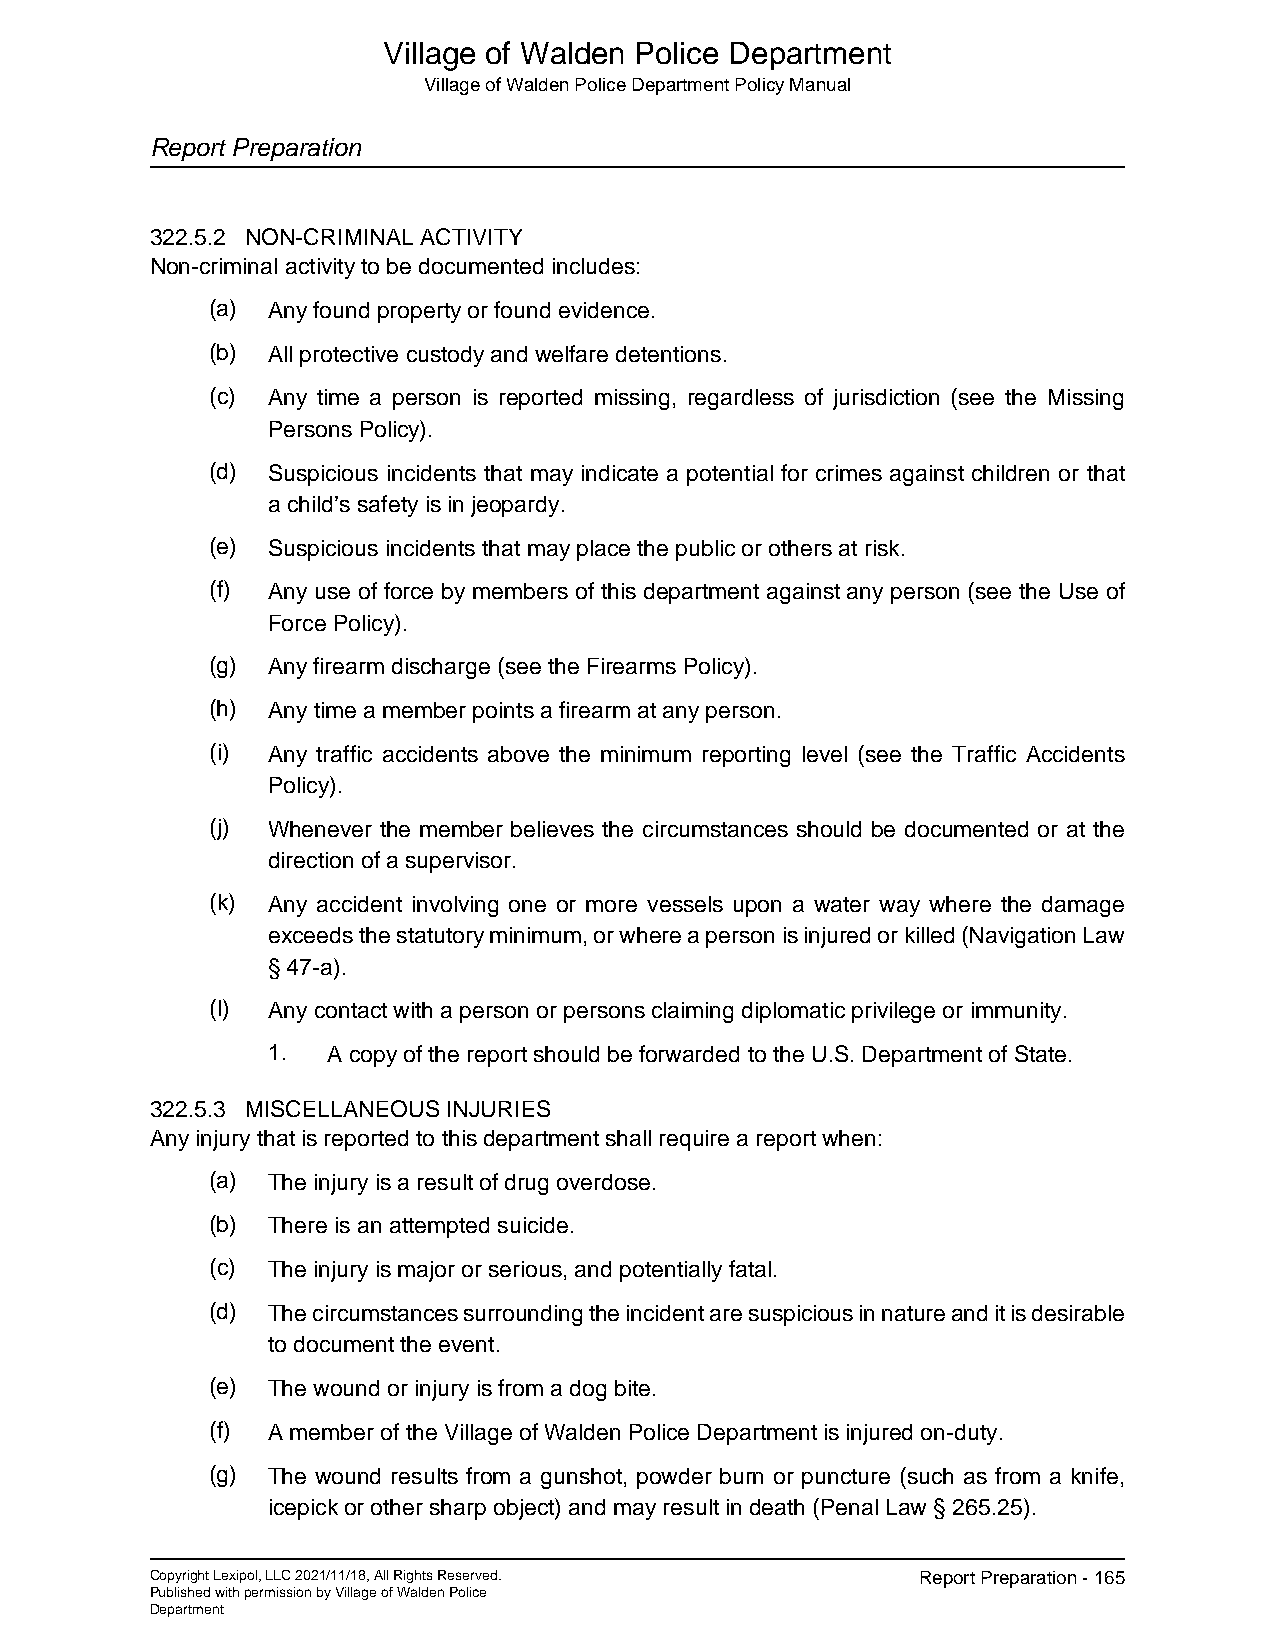
Village of Walden Police Department
 Village of Walden Police Department Policy Manual
 Report Preparation
 322.5.2 NON-CRIMINAL ACTIVITY
 Non-criminal activity to be documented includes:
 (a) Any found property or found evidence.
 (b) All protective custody and welfare detentions.
 (c) Any time a person is reported missing, regardless of jurisdiction (see the Missing
 Persons Policy).
 (d) Suspicious incidents that may indicate a potential for crimes against children or that
 a child’s safety is in jeopardy.
 (e) Suspicious incidents that may place the public or others at risk.
 (f) Any use of force by members of this department against any person (see the Use of
 Force Policy).
 (g) Any firearm discharge (see the Firearms Policy).
 (h) Any time a member points a firearm at any person.
 (i) Any traffic accidents above the minimum reporting level (see the Traffic Accidents
 Policy).
 (j) Whenever the member believes the circumstances should be documented or at the
 direction of a supervisor.
 (k) Any accident involving one or more vessels upon a water way where the damage
 exceeds the statutory minimum, or where a person is injured or killed (Navigation Law
 § 47-a).
 (l) Any contact with a person or persons claiming diplomatic privilege or immunity.
 1.  A copy of the report should be forwarded to the U.S. Department of State.
 322.5.3 MISCELLANEOUS INJURIES
 Any injury that is reported to this department shall require a report when:
 (a) The injury is a result of drug overdose.
 (b) There is an attempted suicide.
 (c) The injury is major or serious, and potentially fatal.
 (d) The circumstances surrounding the incident are suspicious in nature and it is desirable
 to document the event.
 (e) The wound or injury is from a dog bite.
 (f) A member of the Village of Walden Police Department is injured on-duty.
 (g) The wound results from a gunshot, powder burn or puncture (such as from a knife,
 icepick or other sharp object) and may result in death (Penal Law § 265.25).
 Copyright Lexipol, LLC 2021/11/18, All Rights Reserved. Report Preparation - 165
 Published with permission by Village of Walden Police
 Department